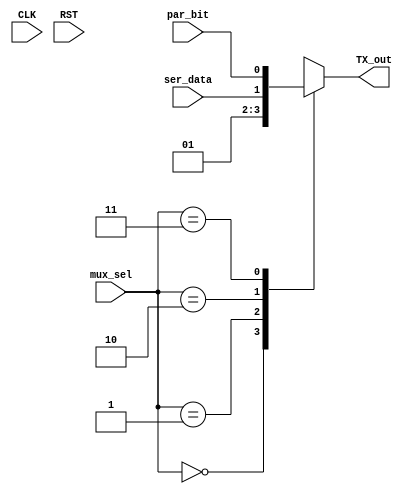
module MUX (
input wire CLK ,RST,
input wire ser_data,par_bit,
input wire [1:0] mux_sel,
output reg TX_out
);

always @(*)
    begin
      case(mux_sel)
        2'b00:TX_out=1'b0;
        2'b01:TX_out=1'b1;
        2'b10:TX_out=ser_data;
        2'b11:TX_out=par_bit;
       endcase
    end
endmodule